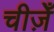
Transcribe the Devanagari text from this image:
चीज़ेँ